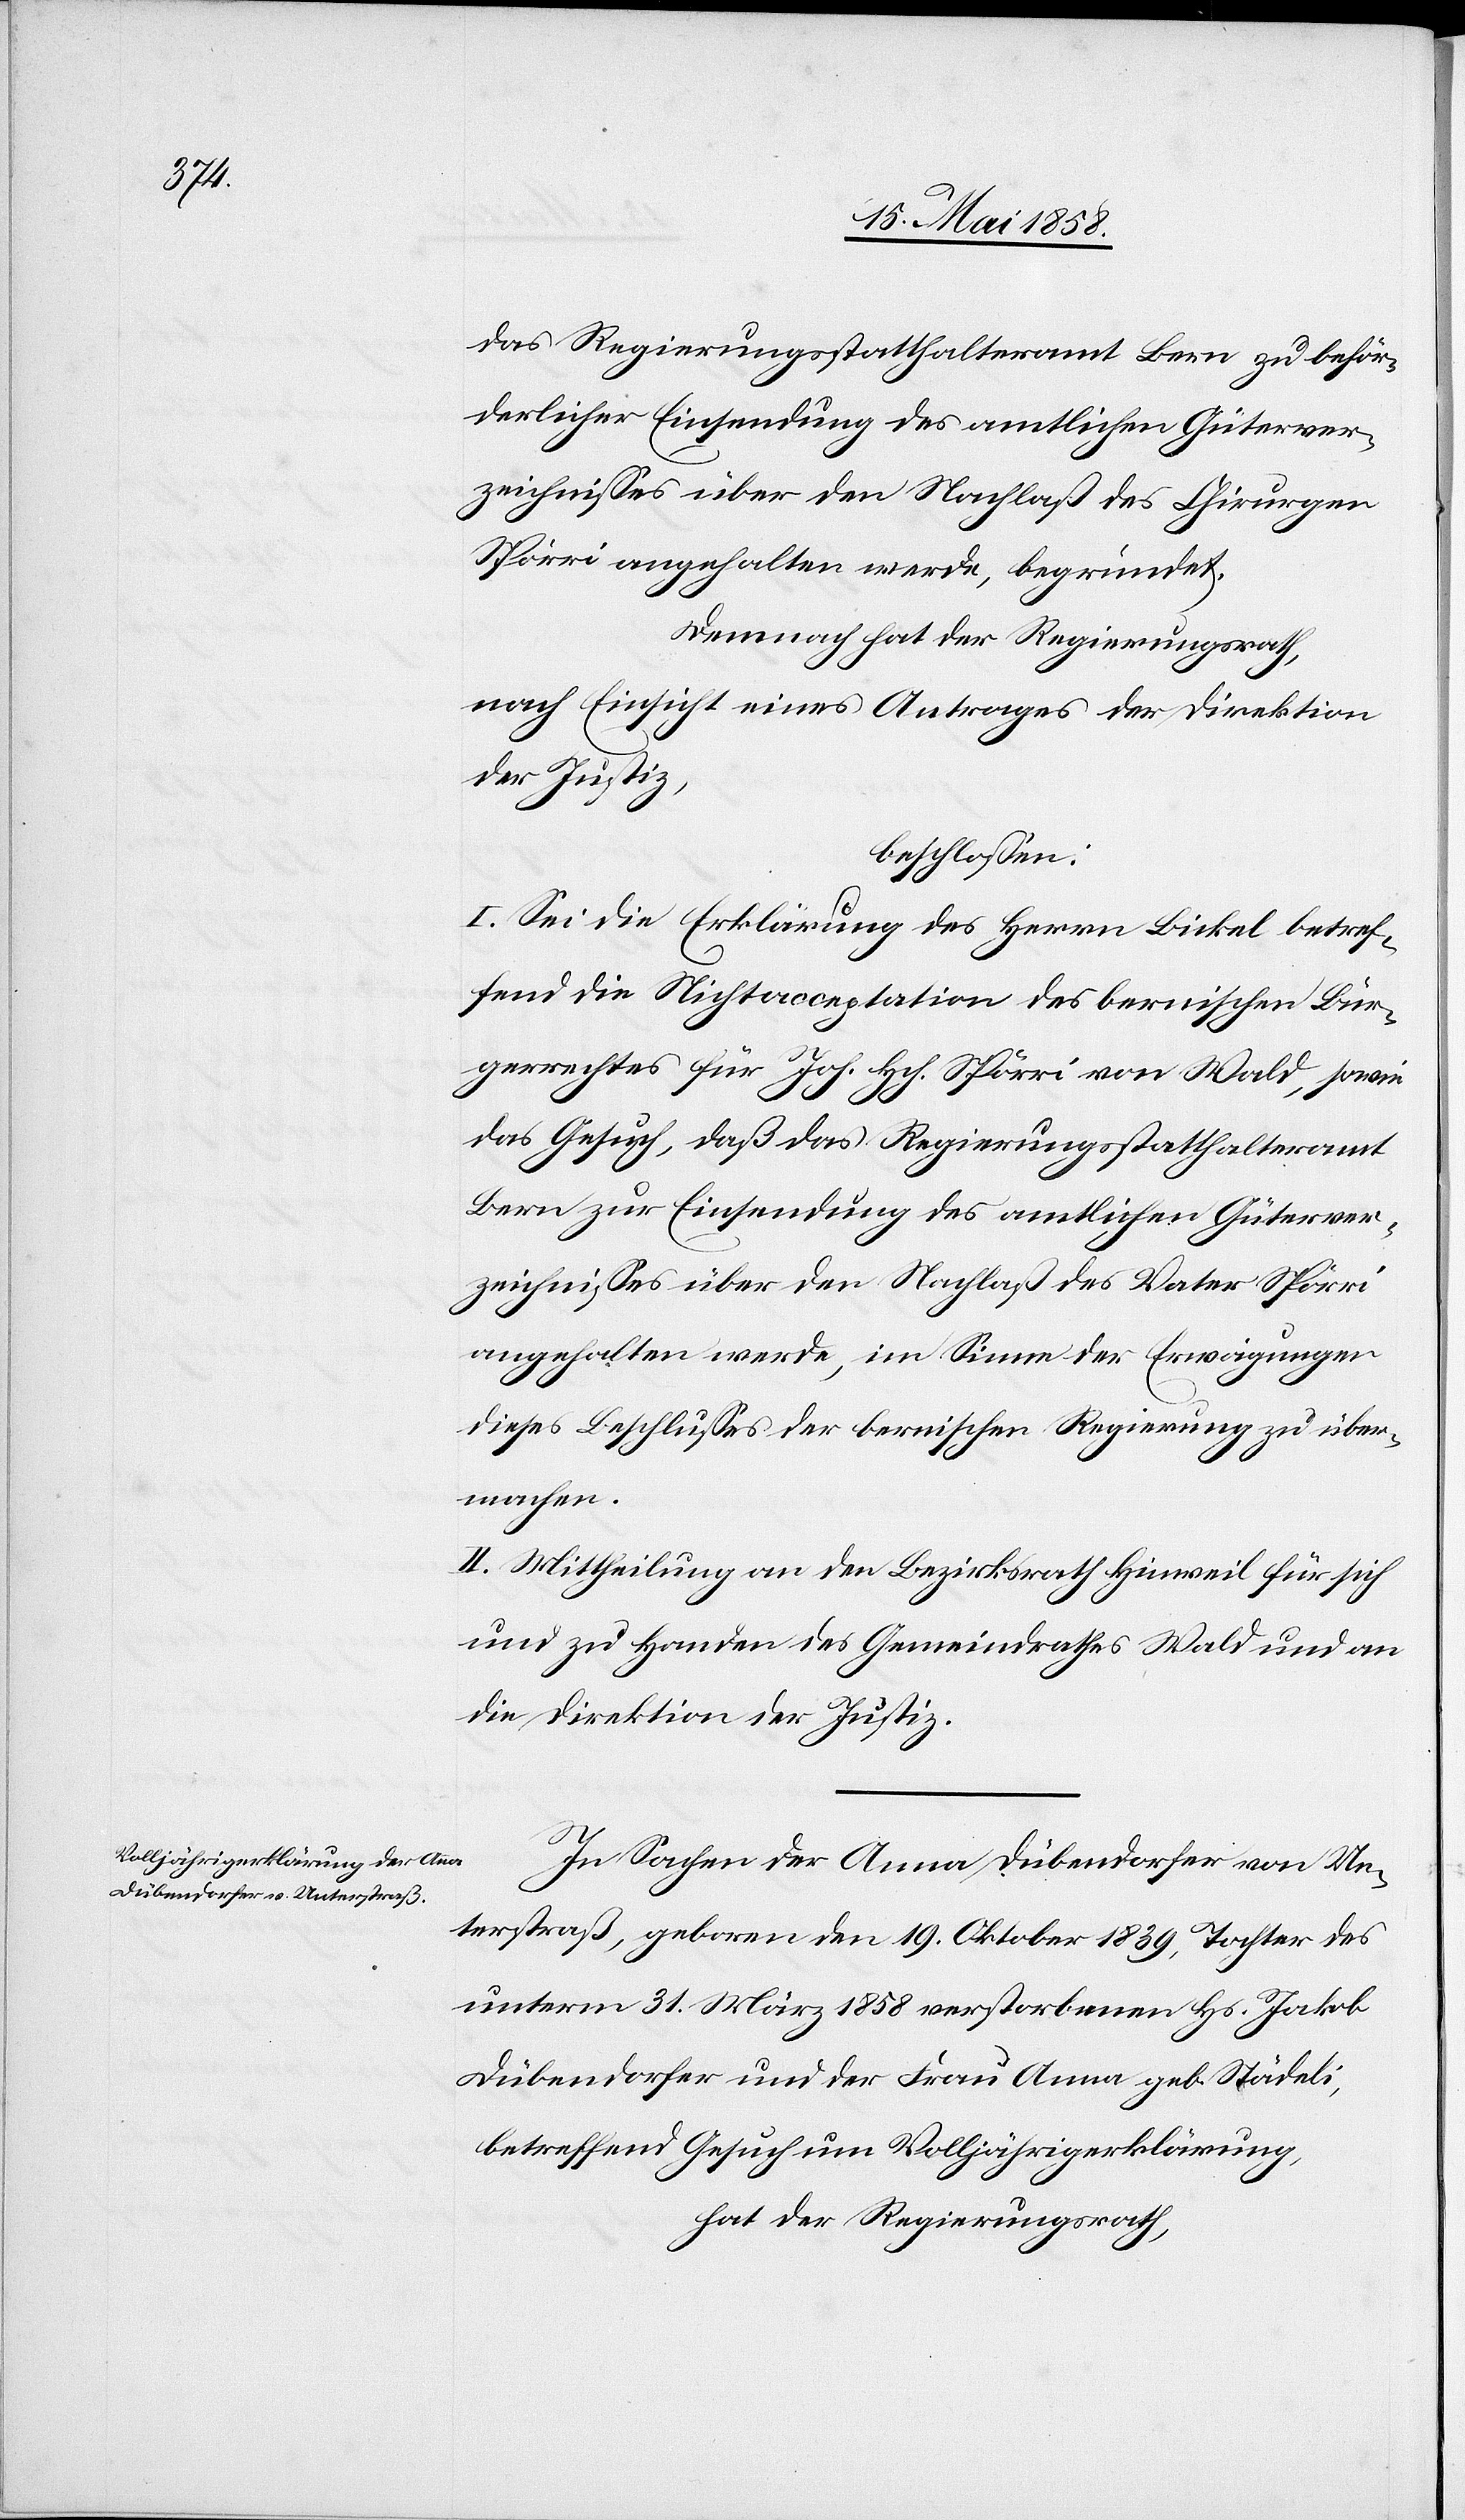
das Regierungsstatthalteramt Bern zu beför¬
derlicher Einsendung des amtlichen Güterver¬
zeichnisses über den Nachlaß des Chirurgen
Spörri angehalten werde, begründet.
Demnach hat der Regierungsrath,
nach Einsicht eines Antrages der Direktion
der Justiz,
beschlossen:
I. Sei die Erklärung des Herrn Bickel betref¬
fend die Nichtacceptation des bernischen Bür¬
gerrechtes für Joh. Hch. Spörri von Wald, sowie
das Gesuch, daß das Regierungsstatthalteramt
Bern zur Einsendung des amtlichen Güterver¬
zeichnisses über den Nachlaß des Vater Spörri
angehalten werde, im Sinne der Erwägungen
dieses Beschlusses der bernischen Regierung zu über¬
machen.
II. Mittheilung an den Bezirksrath Hinweil für sich
und zu Handen des Gemeindrathes Wald und an
die Direktion der Justiz.
In Sachen der Anna Dübendorfer von Un¬
terstraß, geboren den 19. Oktober 1839, Tochter des
unterm 31. März 1858 verstorbenen Hs. Jakob
Dübendorfer und der Frau Anna geb. Städeli,
betreffend Gesuch um Volljährigkeitserklärung,
hat der Regierungsrath,